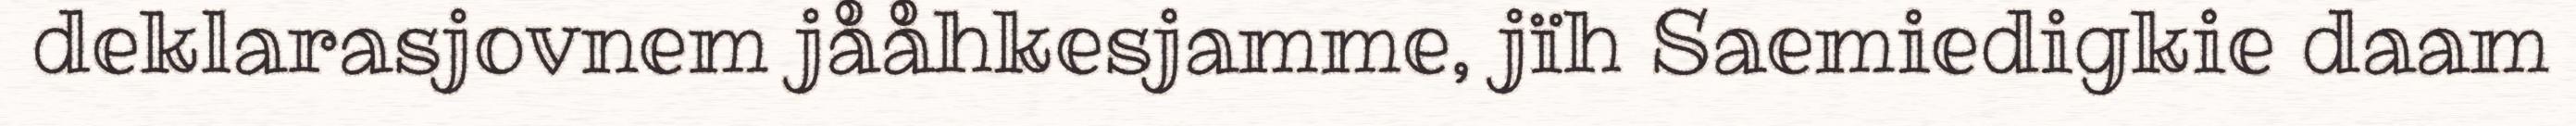
deklarasjovnem jååhkesjamme, jïh Saemiedigkie daam